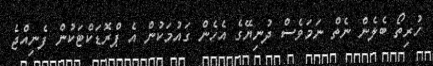
ހުރިތޯ ބެލެން ނެތް ނަމަވެސް ދުނިޔޭގެ އެހެން ގައުމަކުން އެ ޕްރޮޑަކްޓަކުން ފެނިއްޖެ